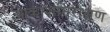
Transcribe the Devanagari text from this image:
आकाशनिरीक्षण